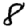
Digit: 8